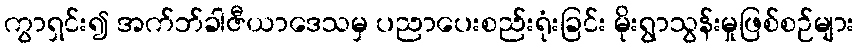
ကွာရှင်း၍ အက်ဘ်ခါဇီယာဒေသမှ ပညာပေးစည်းရုံးခြင်း မိုးရွာသွန်းမှုဖြစ်စဉ်များ